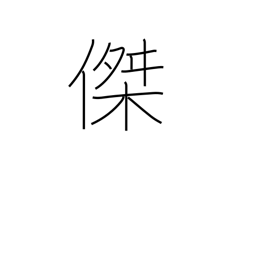
Meaning: excellence